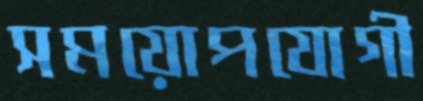
সময়োপযোগী